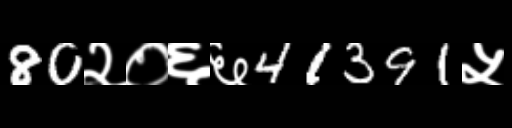
Text: 80२०६६41391५